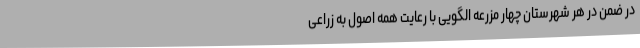
در ضمن در هر شهرستان چهار مزرعه الگویی با رعایت همه اصول به زراعی